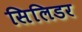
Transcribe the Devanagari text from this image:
सिलिडर